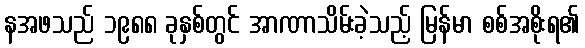
နအဖသည် ၁၉၈၈ ခုနှစ်တွင် အာဏာသိမ်းခဲ့သည့် မြန်မာ စစ်အစိုးရ၏